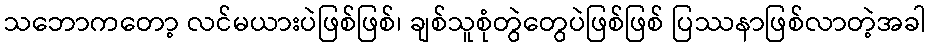
သဘောကတော့ လင်မယားပဲဖြစ်ဖြစ်၊ ချစ်သူစုံတွဲတွေပဲဖြစ်ဖြစ် ပြဿနာဖြစ်လာတဲ့အခါ